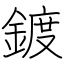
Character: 鍍